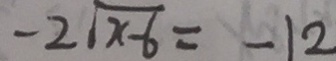
- 2 \sqrt { x - 6 } = - 1 2